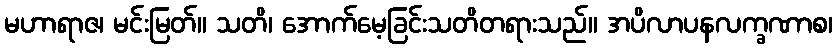
မဟာရာဇ၊ မင်းမြတ်။ သတိ၊ အောက်မေ့ခြင်းသတိတရားသည်။ အပိလာပနလက္ခဏာစ၊